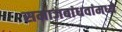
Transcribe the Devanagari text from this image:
समाजबांधवांमध्ये